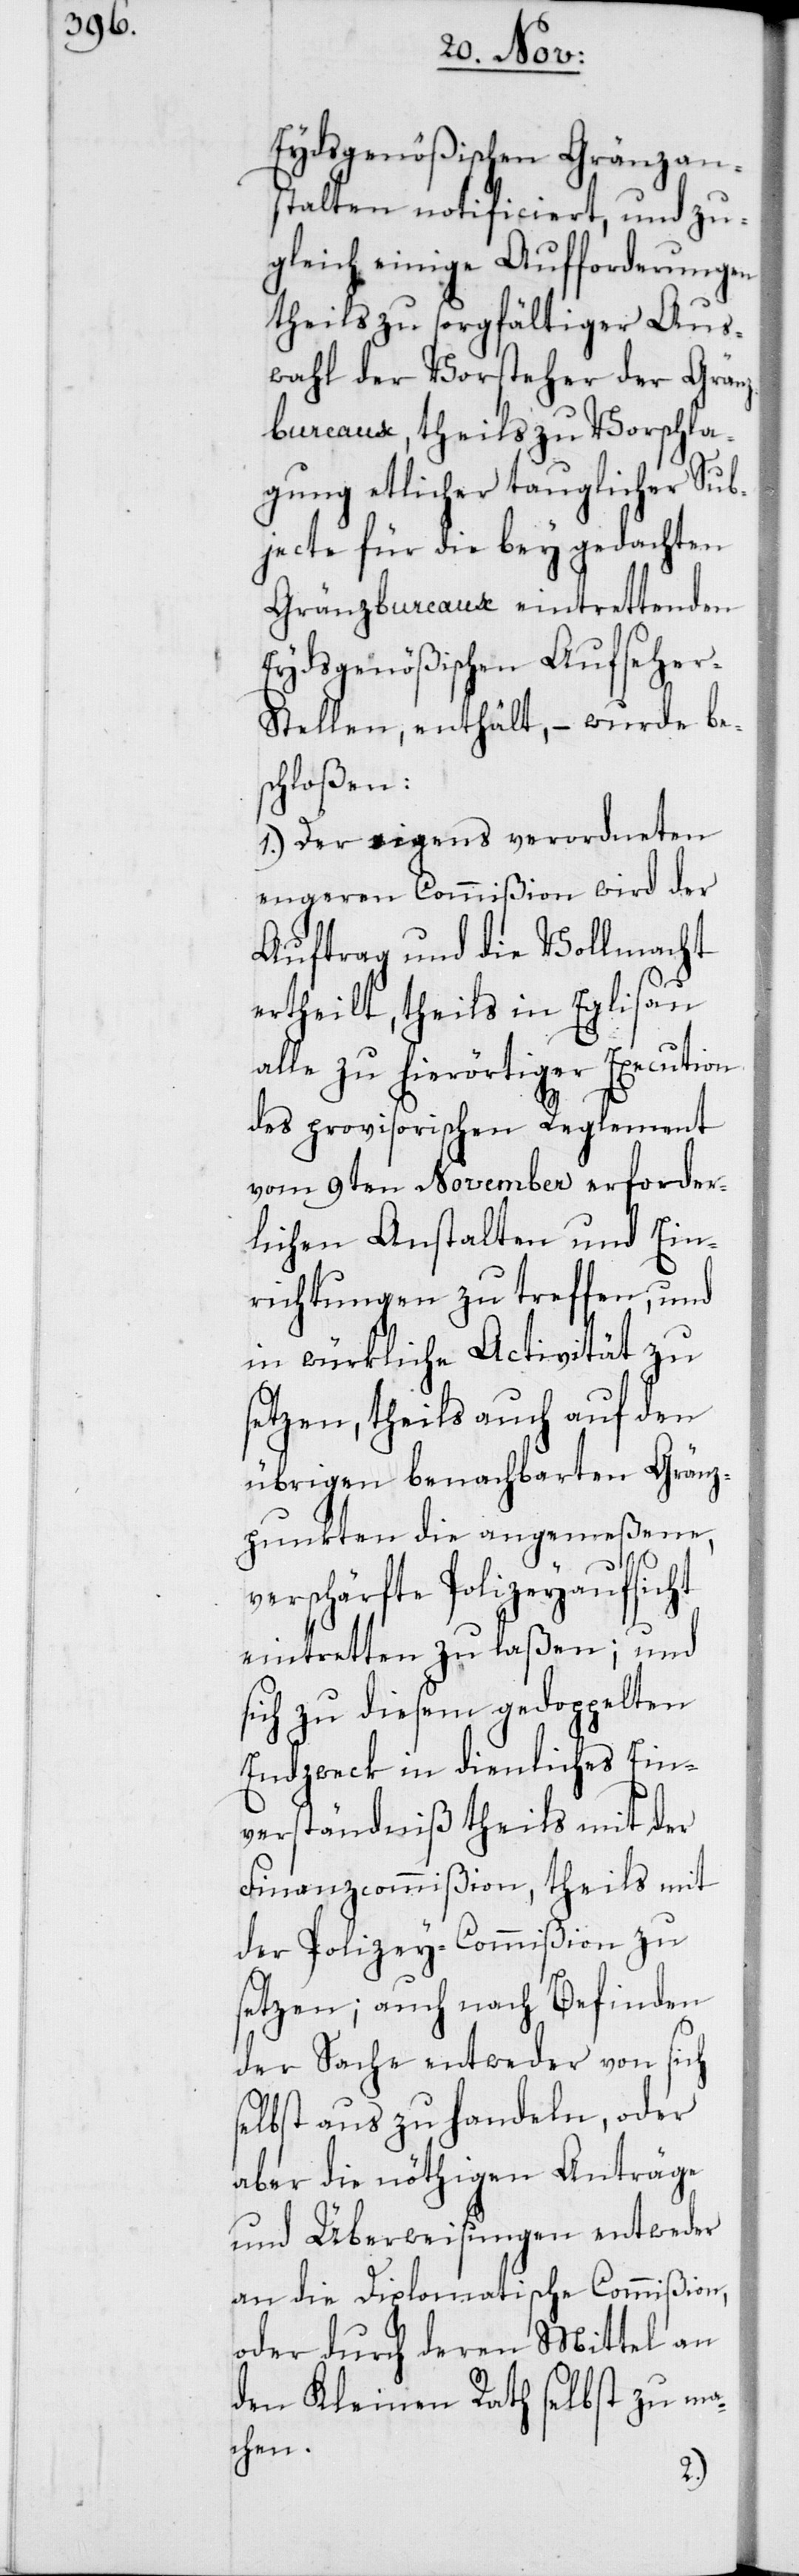
Eydsgenößischen Gränzan¬
stalten notificiert, und zu¬
gleich einige Aufforderungen
theils zu sorgfältiger Aus¬
wahl der Vorsteher der Grän¬
zbureaux, theils zu Vorschla¬
gung etlicher tauglicher Sub¬
jecte für die bey gedachten
Gränzbureaux eintrettenden
Eydsgenößischen Aufseher-S¬
tellen, enthält, – wurde be¬
schloßen:
1. Der eigens verordneten
engeren Commißion wird der
Auftrag und die Vollmacht
ertheilt, theils in Eglisau
alle zu hierörtiger Execution
des provisorischen Reglement
vom 9ten November erforder¬
lichen Anstalten und Ein¬
richtungen zu treffen, und
in würkliche Activität zu
setzen, theils auch auf den
übrigen benachbarten Gränz¬
punkten die angemeßene,
verschärfte Polizeyaufsicht
eintretten zu laßen; und
sich zu diesem gedoppelten
Endzweck in dienliches Ein¬
verständniß theils mit der
Finanzcommißion, theils mit
der Polizey-Commißion zu
setzen; auch nach Befinden
der Sache entweder von sich
selbst aus zu handeln, oder
aber die nöthigen Anträge
und Überweisungen entweder
an die Diplomatische Commißion,
oder durch deren Mittel an
den Kleinen Rath selbst zu ma¬
chen.